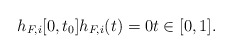
\begin{align*}h_{F,i}[0,t_0]h_{F,i}(t)=0t\in [0,1].\end{align*}